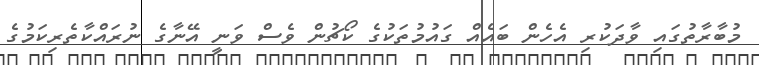
މުބާރާތުގައި ވާދަކުރި އެހެން ބައެއް ގައުމުތަކުގެ ކޯޗުން ވެސް ވަނީ އޭނާގެ ނުރައްކާތެރިކަމުގެ